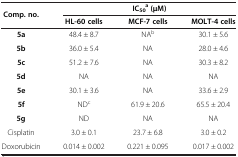
| <ROWSPAN=2> Comp. no. | <COLSPAN=3> IC50a (μM) |
 | HL-60 cells | MCF-7 cells | MOLT-4 cells |
 | --- | --- | --- | --- |
 | 5a | 48.4 ± 8.7 | NAb | 30.1 ± 5.6 |
 | 5b | 36.0 ± 5.4 | NA | 28.0 ± 4.6 |
 | 5c | 51.2 ± 7.6 | NA | 30.3 ± 8.2 |
 | 5d | NA | NA | NA |
 | 5e | 30.1 ± 3.6 | NA | 33.6 ± 2.9 |
 | 5f | NDc | 61.9 ± 20.6 | 65.5 ± 20.4 |
 | 5g | ND | NA | NA |
 | Cisplatin | 3.0 ± 0.1 | 23.7 ± 6.8 | 3.0 ± 0.2 |
 | Doxorubicin | 0.014 ± 0.002 | 0.221 ± 0.095 | 0.017 ± 0.002 |